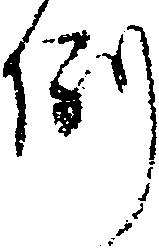
例